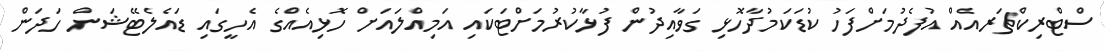
ސްޓްރިކްޗަރއެއް އުފެދުމަށްފަހު ކުޑަކަމުދާހޮޅި ގަވާއިދުން ފުޅާކުރުމަށްޓަކައި އަމިއްލައަށް ހޮޅިއެއްގެ އެހީގައި ޑައެލެޓޭޝަން ހަދަން